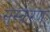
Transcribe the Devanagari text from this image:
स्ंस्करण